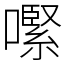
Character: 𡁵